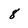
Character: 8